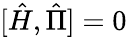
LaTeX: [\hat{H},\hat{\Pi}]=0